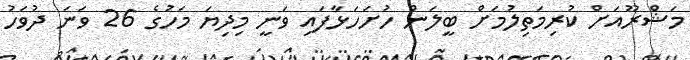
މަޝްރޫއަށް ކުރިމަތިލުމަށް ބީލަން ހުށަހަޅާފައި ވަނީ މިދިޔަ މަހުގެ 26 ވަނަ ދުވަހު